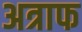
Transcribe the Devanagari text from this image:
अत्राफ